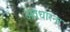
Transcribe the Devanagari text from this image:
अवधारना